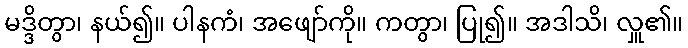
မဒ္ဒိတွာ၊ နယ်၍။ ပါနကံ၊ အဖျော်ကို။ ကတွာ၊ ပြု၍။ အဒါသိ၊ လှူ၏။